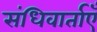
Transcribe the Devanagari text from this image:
संधिवार्ताएँ